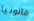
قانونيا